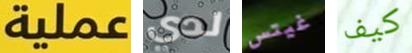
عملية لدي غيتس كيف